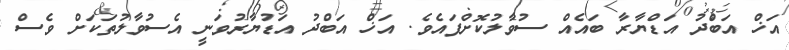
އަޚް އަބްދު އަޑްޔާރާ ބައެއް ސުވާލުކޮށްފައެވެ. އަޚް އަބްދު އަޑުޔާރުވަނީ އެސުވާލުތަކަށް ވެސް